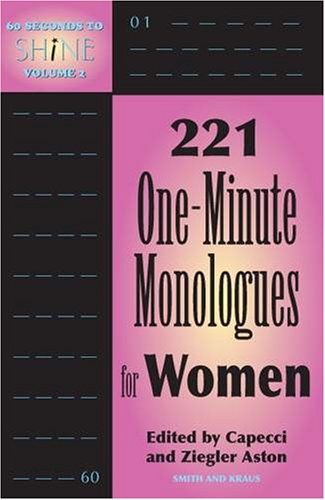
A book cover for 60 Seconds to Shine Volume 2: 221 One-minute Monologues For Women; John Capecci; Literature & Fiction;